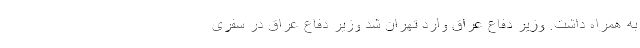
به همراه داشت. وزیر دفاع عراق وارد تهران شد وزیر دفاع عراق در سفری